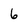
Character: 6